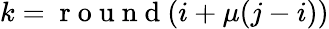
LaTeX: k=\mathrm{~r~o~u~n~d~}(i+\mu(j-i))